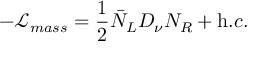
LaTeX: - { \mathcal L } _ { m a s s } = \frac { 1 } { 2 } \bar { N } _ { L } D _ { \nu } N _ { R } + { \mathrm h . c . }